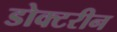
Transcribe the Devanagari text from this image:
डोक्टरीन